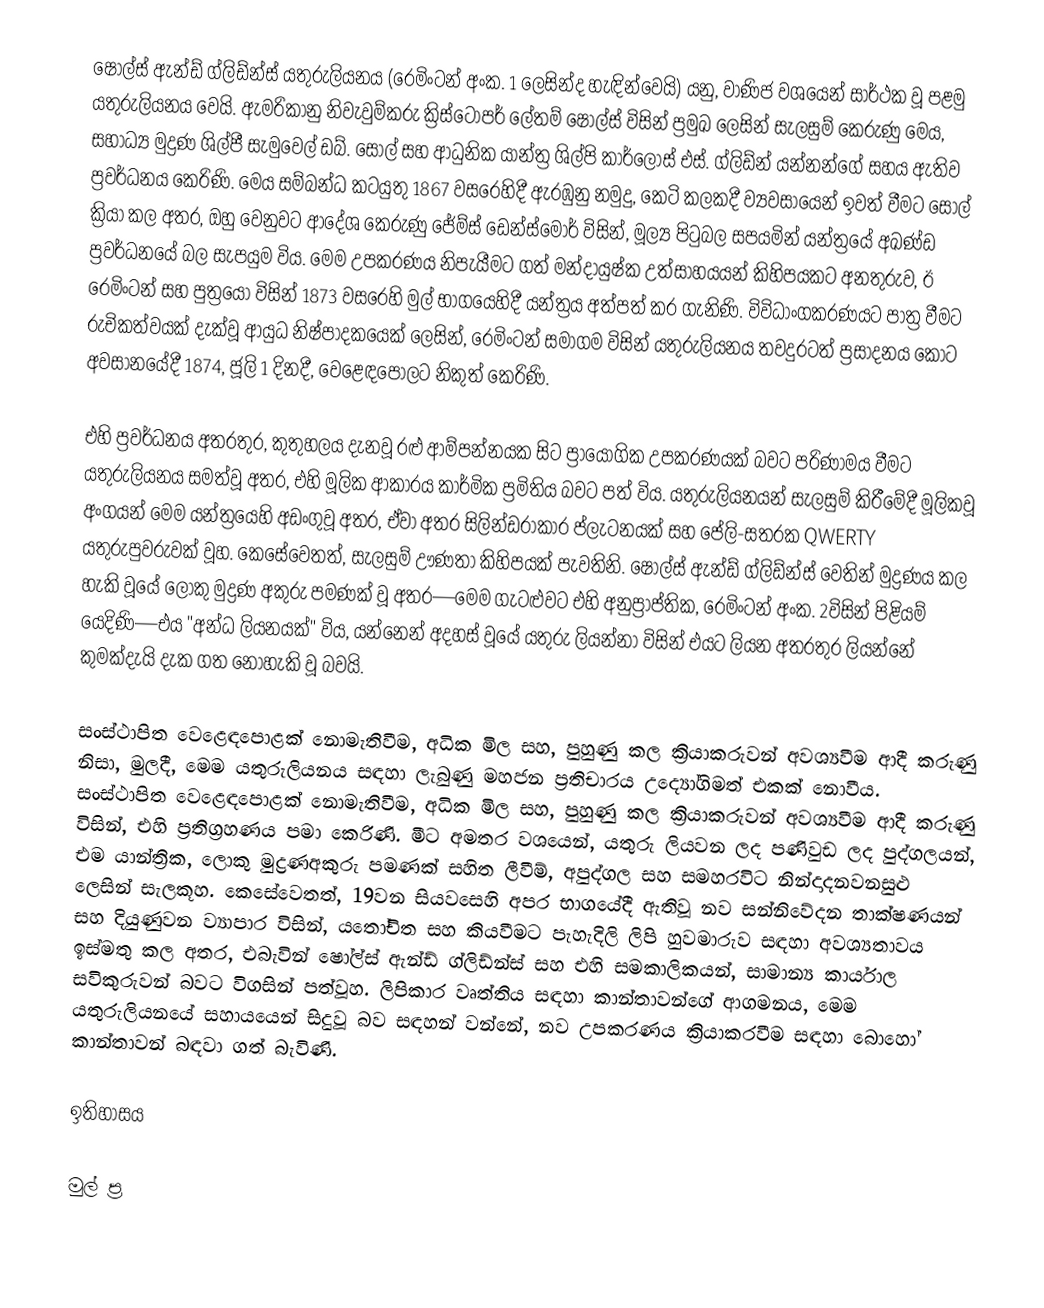
ෂෝල්ස් ඇන්ඩ් ග්ලිඩ්න්ස් යතුරුලියනය (රෙමිංටන් අංක. 1 ලෙසින්ද හැඳින්වෙයි) යනු, වාණිජ වශයෙන් සාර්ථක වූ පළමු යතුරුලියනය වෙයි. ඇමරිකානු නිවැවුම්කරු ක්‍රිස්ටෝපර් ලේතම් ෂෝල්ස් විසින් ප්‍රමුඛ ලෙසින් සැලසුම් කෙරුණු මෙය, සහාධ්‍ය  මුද්‍රණ ශිල්පී  සැමුවෙල් ඩබ්. සෝල් සහ ආධුනික යාන්ත්‍ර ශිල්පි කාර්ලොස් එස්. ග්ලිඩ්න් යන්නන්ගේ සහය ඇතිව ප්‍රවර්ධනය කෙරිණි.  මෙය සම්බන්ධ කටයුතු  1867 වසරෙහිදී ඇරඹුනු නමුදු, කෙටි කලකදී ව්‍යවසායෙන් ඉවත් වීමට සෝල් ක්‍රියා කල අතර, ඔහු වෙනුවට ආදේශ කෙරුණු ජේම්ස් ඩෙන්ස්මෝර් විසින්, මූල්‍ය පිටුබල සපයමින් යන්ත්‍රයේ අඛණ්ඩ ප්‍රවර්ධනයේ බල සැපයුම විය. මෙම උපකරණය නිපැයීමට ගත් මන්දායුෂ්ක උත්සාහයයන් කිහිපයකට අනතුරුව, ඊ රෙමිංටන් සහ පුත්‍රයෝ විසින්  1873 වසරෙහි මුල් භාගයෙහිදී යන්ත්‍රය අත්පත් කර ගැනිණි. විවිධාංගකරණයට පාත්‍ර වීමට රුචිකත්වයක් දැක්වූ ආයුධ නිෂ්පාදකයෙක් ලෙසින්, රෙමිංටන් සමාගම විසින් යතුරුලියනය තවදුරටත් ප්‍රසාදනය කොට අවසානයේදී  1874, ජූලි 1 දිනදී, වෙළෙඳපොලට නිකුත් කෙරිණි.

එහි ප්‍රවර්ධනය අතරතුර, කුතුහලය දැනවූ රළු ආම්පන්නයක සිට ප්‍රායෝගික උපකරණයක් බවට පරිණාමය වීමට යතුරුලියනය සමත්වූ අතර, එහි මූලික ආකාරය කාර්මික ප්‍රමිතිය බවට පත් විය. යතුරුලියනයන් සැලසුම් කිරීමේදී මූලිකවූ අංගයන් මෙම යන්ත්‍රයෙහි අඩංගුවූ අතර, ඒවා අතර සිලින්ඩරාකාර ප්ලැටනයක් සහ පේලි-සතරක QWERTY යතුරුපුවරුවක් වූහ. කෙසේවෙතත්, සැලසුම් ඌණතා කිහිපයක් පැවතිනි. ෂෝල්ස් ඇන්ඩ් ග්ලිඩ්න්ස් වෙතින් මුද්‍රණය කල හැකි වූයේ ලොකු මුද්‍රණ අකුරු පමණක් වූ අතර—මෙම ගැටළුවට එහි අනුප්‍රාප්තික, රෙමිංටන් අංක. 2විසින් පිළියම් යෙදිණි—එය "අන්ධ ලියනයක්" විය, යන්නෙන් අදහස් වූයේ යතුරු ලියන්නා විසින් එයට ලියන අතරතුර ලියන්නේ කුමක්දැයි දැක ගත නොහැකි වූ බවයි.

සංස්ථාපිත වෙළෙඳපොළක් නොමැතිවීම, අධික මිල සහ, පුහුණු කල ක්‍රියාකරුවන් අවශ්‍යවීම ආදී කරුණු නිසා, මුලදී,  මෙම යතුරුලියනය සඳහා ලැබුණු මහජන ප්‍රතිචාරය  උද්‍යෝගිමත් එකක් නොවීය. සංස්ථාපිත වෙළෙඳපොළක් නොමැතිවීම, අධික මිල සහ, පුහුණු කල ක්‍රියාකරුවන් අවශ්‍යවීම ආදී කරුණු විසින්, එහි ප්‍රතිග්‍රහණය පමා කෙරිණි. මීට අමතර වශයෙන්, යතුරු ලියවන ලද පණිවුඩ ලද පුද්ගලයන්, එම යාන්ත්‍රික, ලොකු මුද්‍රණඅකුරු පමණක් සහිත ලීවීම්, අපුද්ගල සහ සමහරවිට නින්දාදනවනසුළු ලෙසින් සැලකූහ. කෙසේවෙතත්,  19වන සියවසෙහි අපර භාගයේදී ඇතිවූ නව සන්නිවේදන තාක්ෂණයන් සහ දියුණුවන ව්‍යාපාර විසින්, යතෝචිත සහ කියවීමට පැහැදිලි ලිපි හුවමාරුව සඳහා අවශ්‍යතාවය ඉස්මතු කල අතර, එබැවින් ෂෝල්ස් ඇන්ඩ් ග්ලිඩ්න්ස්  සහ එහි සමකාලිකයන්, සාමාන්‍ය කාර්යාල සවිකුරුවන් බවට විගසින් පත්වූහ. ලිපිකාර වෘත්තිය සඳහා කාන්තාවන්ගේ ආගමනය, මෙම යතුරුලියනයේ සහායයෙන් සිදුවූ බව සඳහන් වන්නේ, නව උපකරණය ක්‍රියාකරවීම සඳහා බොහෝ කාන්තාවන් බඳවා ගත් බැවිණි.

ඉතිහාසය

මුල් ප්‍ර